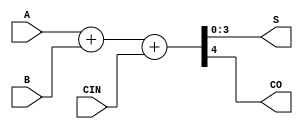
// Fujitsu AV cell
// 4-bit Full Adder
// furrtek 2022

`timescale 1ns/100ps

module A4H(
	input [3:0] A,
	input [3:0] B,
	input CIN,
	output [3:0] S,
	output CO
);

assign {CO, S} = A + B + {3'd0, CIN};	// tmax = 8.2ns

endmodule